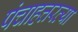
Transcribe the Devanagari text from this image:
पंचाहत्तरव्या